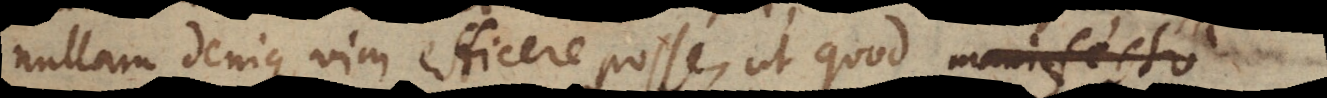
nullam denique vim efficere posse, ut quod